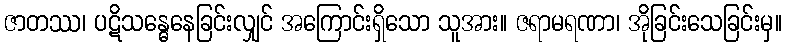
ဇာတဿ၊ ပဋိသန္ဓေနေခြင်းလျှင် အကြောင်းရှိသော သူအား။ ဇရာမရဏာ၊ အိုခြင်းသေခြင်းမှ။